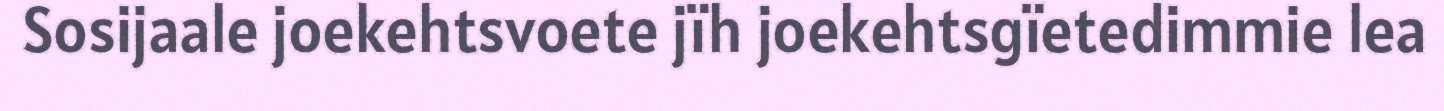
Sosijaale joekehtsvoete jïh joekehtsgïetedimmie lea